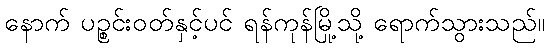
နောက် ပဉ္စင်းဝတ်နှင့်ပင် ရန်ကုန်မြို့သို့ ရောက်သွားသည်။